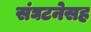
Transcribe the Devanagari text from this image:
संघटनेसह